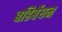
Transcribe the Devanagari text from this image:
बहिर्बेधन